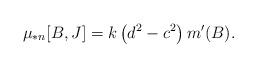
LaTeX: \begin{align*}\mu_{*n} [B, J] = k \left( d^2 - c^2 \right) m'(B) .\end{align*}